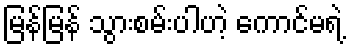
မြန်မြန် သွားစမ်းပါဟဲ့ ကောင်မရဲ့